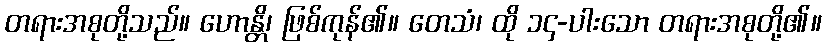
တရားအစုတို့သည်။ ဟောန္တိ၊ ဖြစ်ကုန်၏။ တေသံ၊ ထို ၁၄-ပါးသော တရားအစုတို့၏။